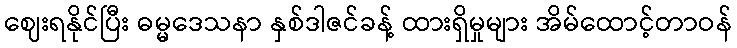
ဈေးရနိုင်ပြီး ဓမ္မဒေသနာ နှစ်ဒါဇင်ခန့် ထားရှိမှုများ အိမ်ထောင့်တာဝန်